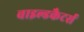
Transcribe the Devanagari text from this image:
वाइल्डकैटर्स